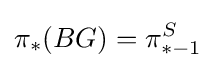
\pi _{*}(BG)=\pi _{*-1}^{S}